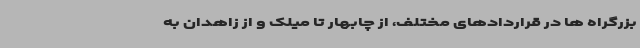
بزرگراه ها در قراردادهای مختلف، از چابهار تا میلک و از زاهدان به